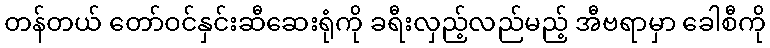
တန်တယ် တော်ဝင်နှင်းဆီဆေးရုံကို ခရီးလှည့်လည်မည့် အီဗရာမှာ ခေါစီကို